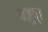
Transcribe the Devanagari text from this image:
यजुष्।